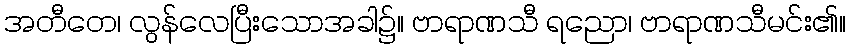
အတီတေ၊ လွန်လေပြီးသောအခါ၌။ ဗာရာဏသီ ရညော၊ ဗာရာဏသီမင်း၏။